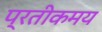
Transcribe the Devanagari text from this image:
प्रतीकमय